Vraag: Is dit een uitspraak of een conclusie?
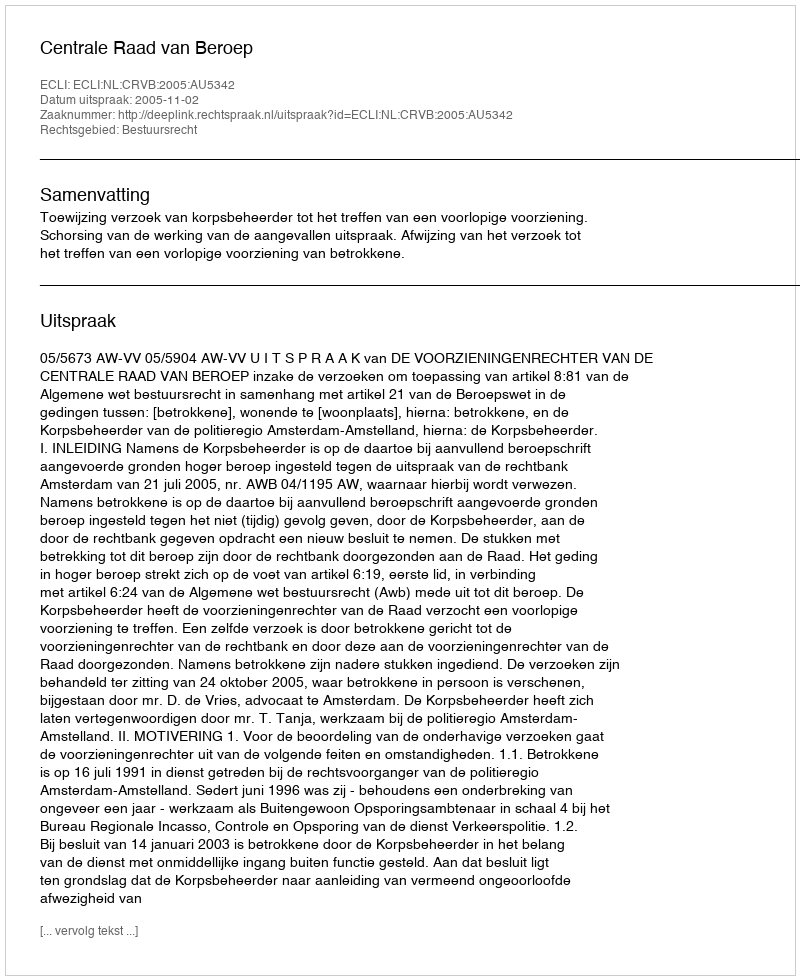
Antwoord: Uitspraak